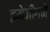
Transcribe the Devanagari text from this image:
इमेजींगने